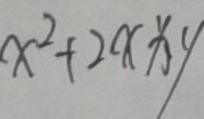
x ^ { 2 } + 2 x x y